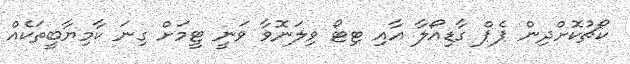
ކޯޗުކޮށްދިން ޕެޕް ގާޑިއޯލާ އާއި ޓިޓޯ ވިލަނޮވާ ވަނީ ޓީމަށް ގިނަ ކާމިޔާބީތަކެއް